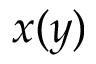
x ( y )